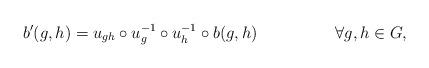
LaTeX: \begin{align*}b'(g,h)=u_{gh}\circ u_g^{-1}\circ u_h^{-1} \circ b(g,h) && \forall g,h\in G,\end{align*}